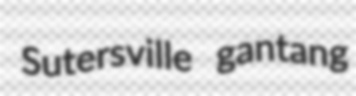
Sutersville gantang